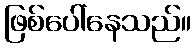
ဖြစ်ပေါ်နေသည်။